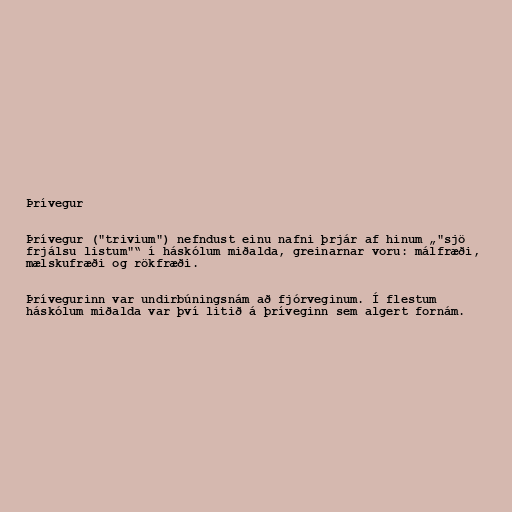
Þrívegur

Þrívegur ("trivium") nefndust einu nafni þrjár af hinum „"sjö
frjálsu listum"“ í háskólum miðalda, greinarnar voru: málfræði,
mælskufræði og rökfræði.

Þrívegurinn var undirbúningsnám að fjórveginum. Í flestum
háskólum miðalda var því litið á þríveginn sem algert fornám.